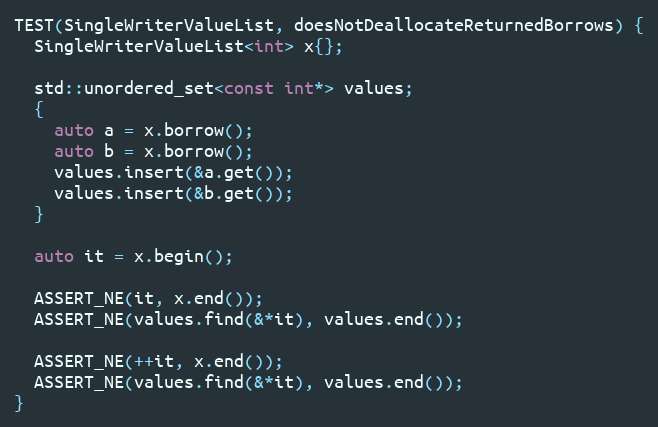
Language: C++
TEST(SingleWriterValueList, doesNotDeallocateReturnedBorrows) {
  SingleWriterValueList<int> x{};

  std::unordered_set<const int*> values;
  {
    auto a = x.borrow();
    auto b = x.borrow();
    values.insert(&a.get());
    values.insert(&b.get());
  }

  auto it = x.begin();

  ASSERT_NE(it, x.end());
  ASSERT_NE(values.find(&*it), values.end());

  ASSERT_NE(++it, x.end());
  ASSERT_NE(values.find(&*it), values.end());
}